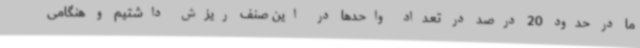
ما در حدود 20 درصد در تعداد واحدها در این صنف ریزش داشتیم و هنگامی